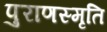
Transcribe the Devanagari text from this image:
पुराणस्मृति